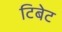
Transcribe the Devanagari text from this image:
टिबेट